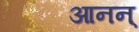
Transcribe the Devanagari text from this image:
आनन्